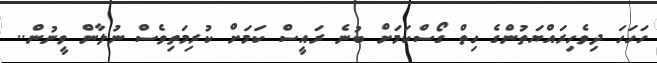
ހަހަހަ ދިވެހިރައްޔަތުންގެ ހިތް ގޯސްކަމަށް ބުނެ ރައީސް ކަމަށް ކުރިމަތިވެސް ނުލާން ވީނުން..